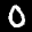
Label: 0